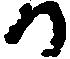
か